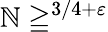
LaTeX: \mathbb{N}\geqq^{3/4+\varepsilon}